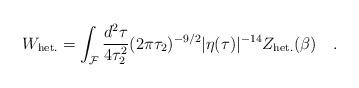
LaTeX: \begin{align*}W_{\rm het.} =\int_{\cal F} {{d^2 \tau}\over{4\tau_2^2}} (2 \pi \tau_2 )^{-9/2} |\eta(\tau)|^{-14} Z_{\rm het.} (\beta)\quad .\end{align*}